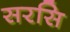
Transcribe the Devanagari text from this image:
सरसि